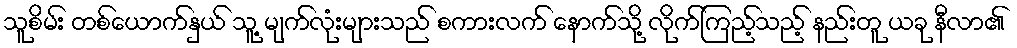
သူစိမ်း တစ်ယောက်နှယ် သူ့ မျက်လုံးများသည် စကားလက် နောက်သို့ လိုက်ကြည့်သည့် နည်းတူ ယခု နီလာ၏